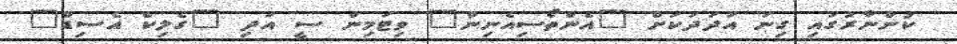
ކުންނާރުގައި ގިނަ އަދަދަކަށް "އެންތޯސިއެނިން" ވިޓަމިން ސީ އަދި "ގެލިކް އެސިޑް"